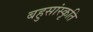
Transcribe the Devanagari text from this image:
बहुसांस्कृति